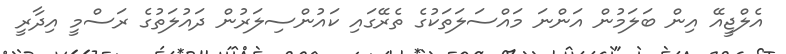
އެލްޖީއޭ އިން ބަލަމުން އަންނަ މައްސަލަތަކުގެ ތެރޭގައި ކައުންސިލަރުން ދައުލަތުގެ ރަސްމީ އިދާރީ